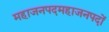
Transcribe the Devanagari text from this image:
महाजनपदमहाजनपदों